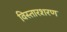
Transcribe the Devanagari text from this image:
विस्तारशरण